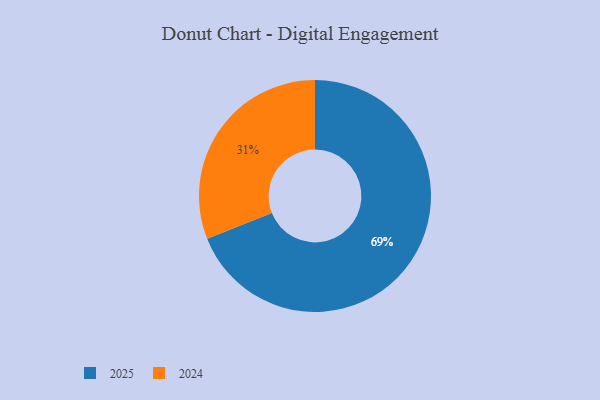
{"axis": {"x": "Category", "y": "Percentage"}, "legend": ["2024", "2025"], "data": [{"x": "2024", "y": 31, "type": "2024"}, {"x": "2025", "y": 69, "type": "2025"}]}